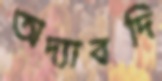
অদ্যাবদি